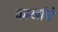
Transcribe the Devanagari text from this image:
कार्खाने